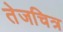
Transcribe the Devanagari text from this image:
तेजचित्र